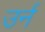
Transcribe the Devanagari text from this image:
उर्न